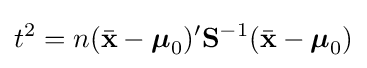
t^{2}=n({\bar {\mathbf {x} }}-{{\boldsymbol {\mu }}_{0}})'{\mathbf {S} }^{-1}({\bar {\mathbf {x} }}-{{\boldsymbol {\mu }}_{0}})